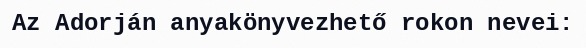
Az Adorján anyakönyvezhető rokon nevei: